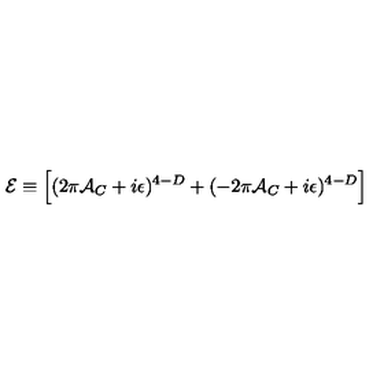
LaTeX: { \cal E } \equiv \Bigl [ ( 2 \pi { \cal A } _ { C } + i \epsilon ) ^ { 4 - D } + ( - 2 \pi { \cal A } _ { C } + i \epsilon ) ^ { 4 - D } \Bigr ]